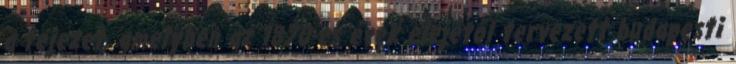
a fejezet, amelyben az 1870-es évek elejétől tervezett budapesti